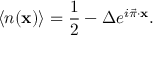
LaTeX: \langle { n } ( { \bf x } ) \rangle = { \frac { 1 } { 2 } } - \Delta e ^ { i \vec { \pi } \cdot { \bf x } } .